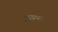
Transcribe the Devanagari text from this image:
इसमंे